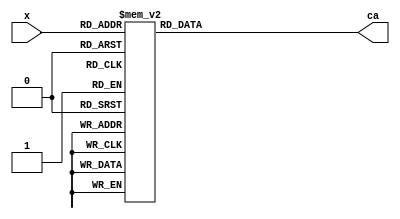
`timescale 1ns / 1ps
//////////////////////////////////////////////////////////////////////////////////
// Company: 
// Engineer: 
// 
// Design Name: 
// Module Name: hex2sevseg
// Project Name: 
// Target Devices: 
// Tool Versions: 
// Description: 
// 
// Dependencies: 
// 
// Revision:
// Revision 0.01 - File Created
// Additional Comments:
// 
//////////////////////////////////////////////////////////////////////////////////


module hex2sevseg(
    input [3:0] x,
    output reg [6:0] ca
);

// Define 7-segment display patterns for hexadecimal digits
always @(*)
begin
    case (x)
        4'b0000: ca = 7'b0000001; 
        4'b0001: ca = 7'b1001111; 
        4'b0010: ca = 7'b0010010; 
        4'b0011: ca = 7'b0000110; 
        4'b0100: ca = 7'b1001100; 
        4'b0101: ca = 7'b0100100; 
        4'b0110: ca = 7'b0100000; 
        4'b0111: ca = 7'b0001111; 
        4'b1000: ca = 7'b0000000; 
        4'b1001: ca = 7'b0000100; 
        4'b1010: ca = 7'b0001000; 
        4'b1011: ca = 7'b1100000; 
        4'b1100: ca = 7'b0110001; 
        4'b1101: ca = 7'b1000010; 
        4'b1110: ca = 7'b0110000; 
        4'b1111: ca = 7'b0111000; 
        default: ca = 7'bxxxxxxx; 
    endcase
end

endmodule